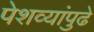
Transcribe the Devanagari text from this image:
पेशव्यांपुढे